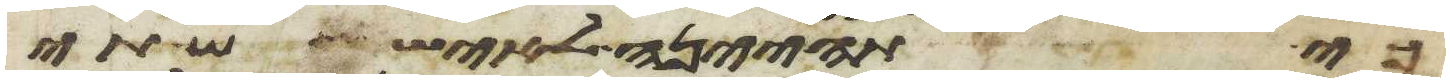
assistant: כי תהיינה לאיש שתי